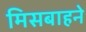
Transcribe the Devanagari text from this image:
मिसबाहने